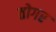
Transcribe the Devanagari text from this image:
तोगर